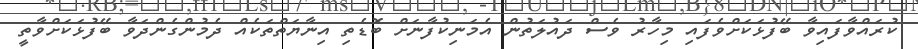
ކުރައްވާފައިވާ ބޭފުޅަކަށްވެފައި މިހާރު ވެސް ދައުލަތުން އެމަނިކުފާނަށް ބޮޑެތި އިނާޔަތްތަކެއް ދެމުންގެންދަވާ ބޭފުޅަކަށްވާތީ